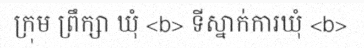
ក្រុម ព្រឹក្សា ឃុំ <b> ទីស្នាក់ការឃុំ <b>